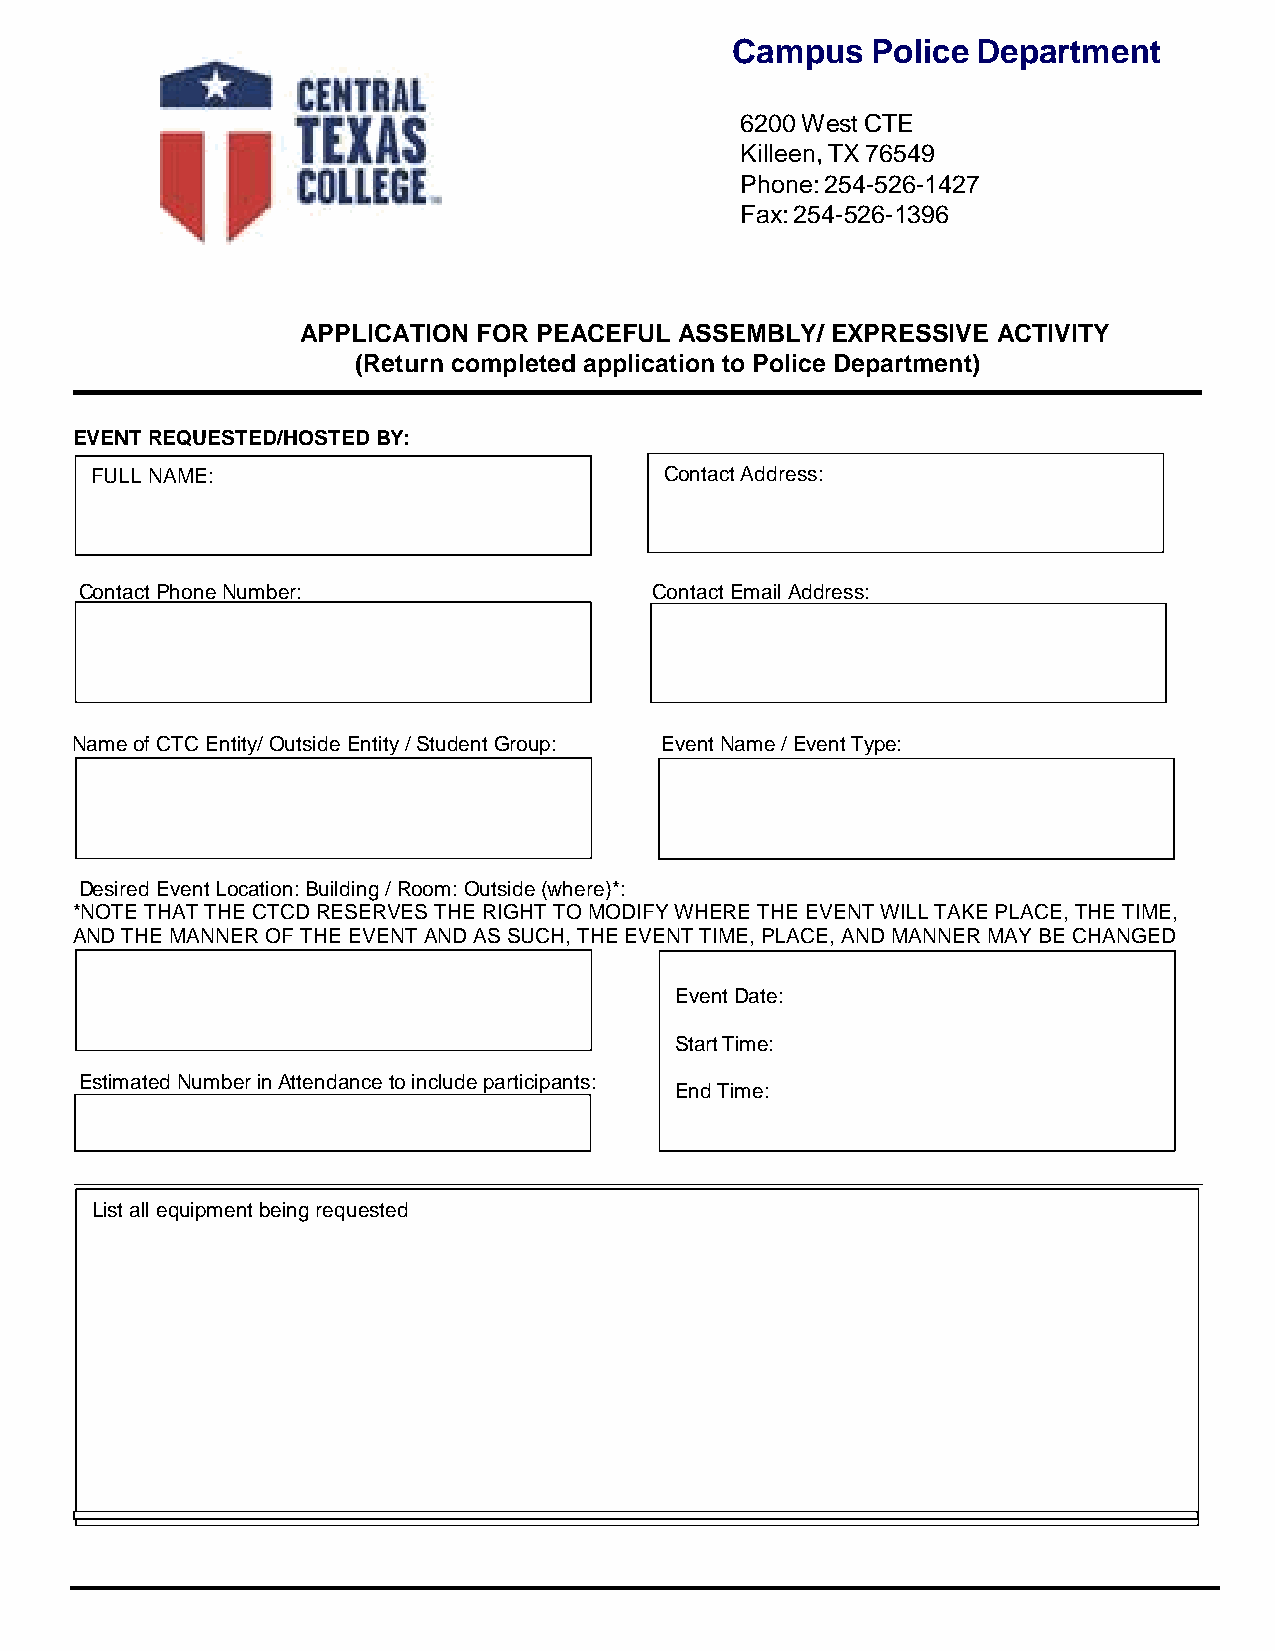
Campus    Police Department
 6200 West CTE
 Killeen, TX 76549
 Phone: 254-526-1427
 Fax: 254-526-1396
 APPLICATION FOR PEACEFUL ASSEMBLY/ EXPRESSIVE ACTIVITY
 (Return completed application to Police Department)
 EVENT REQUESTED/HOSTED BY:
 FULL NAME:                            Contact Address:
 Contact Phone Number:                 Contact Email Address:
 Name of CTC Entity/ Outside Entity / Student Group: Event Name / Event Type:
 Desired Event Location: Building / Room: Outside (where)*:
 *NOTE THAT THE CTCD RESERVES THE RIGHT TO MODIFY WHERE THE EVENT WILL TAKE PLACE, THE TIME,
 AND THE MANNER OF THE EVENT AND AS SUCH, THE EVENT TIME, PLACE, AND MANNER MAY BE CHANGED
 Event Date:
 Start Time:
 Estimated Number in Attendance to include participants:
 End Time:
 List all equipment being requested